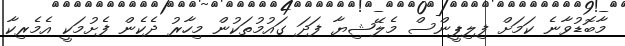
މާބޮޑުވާނެ ކަމަށް ފިލިޕީންސް މެލޭޝިޔާ ފަދަ ގައުމުތަކުން މިހާރު ދެކެން ފެށުމަކީ އެމެރިކާ